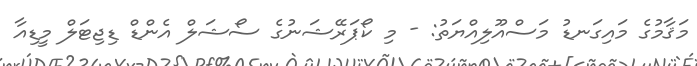
މަޤާމުގެ މައިގަނޑު މަސްއޫލިއްޔަތު: - މި ކޯޕަރޭޝަނުގެ ސޯޝަލް އެންޑް ޑިޖިޓަލް މީޑިއާ